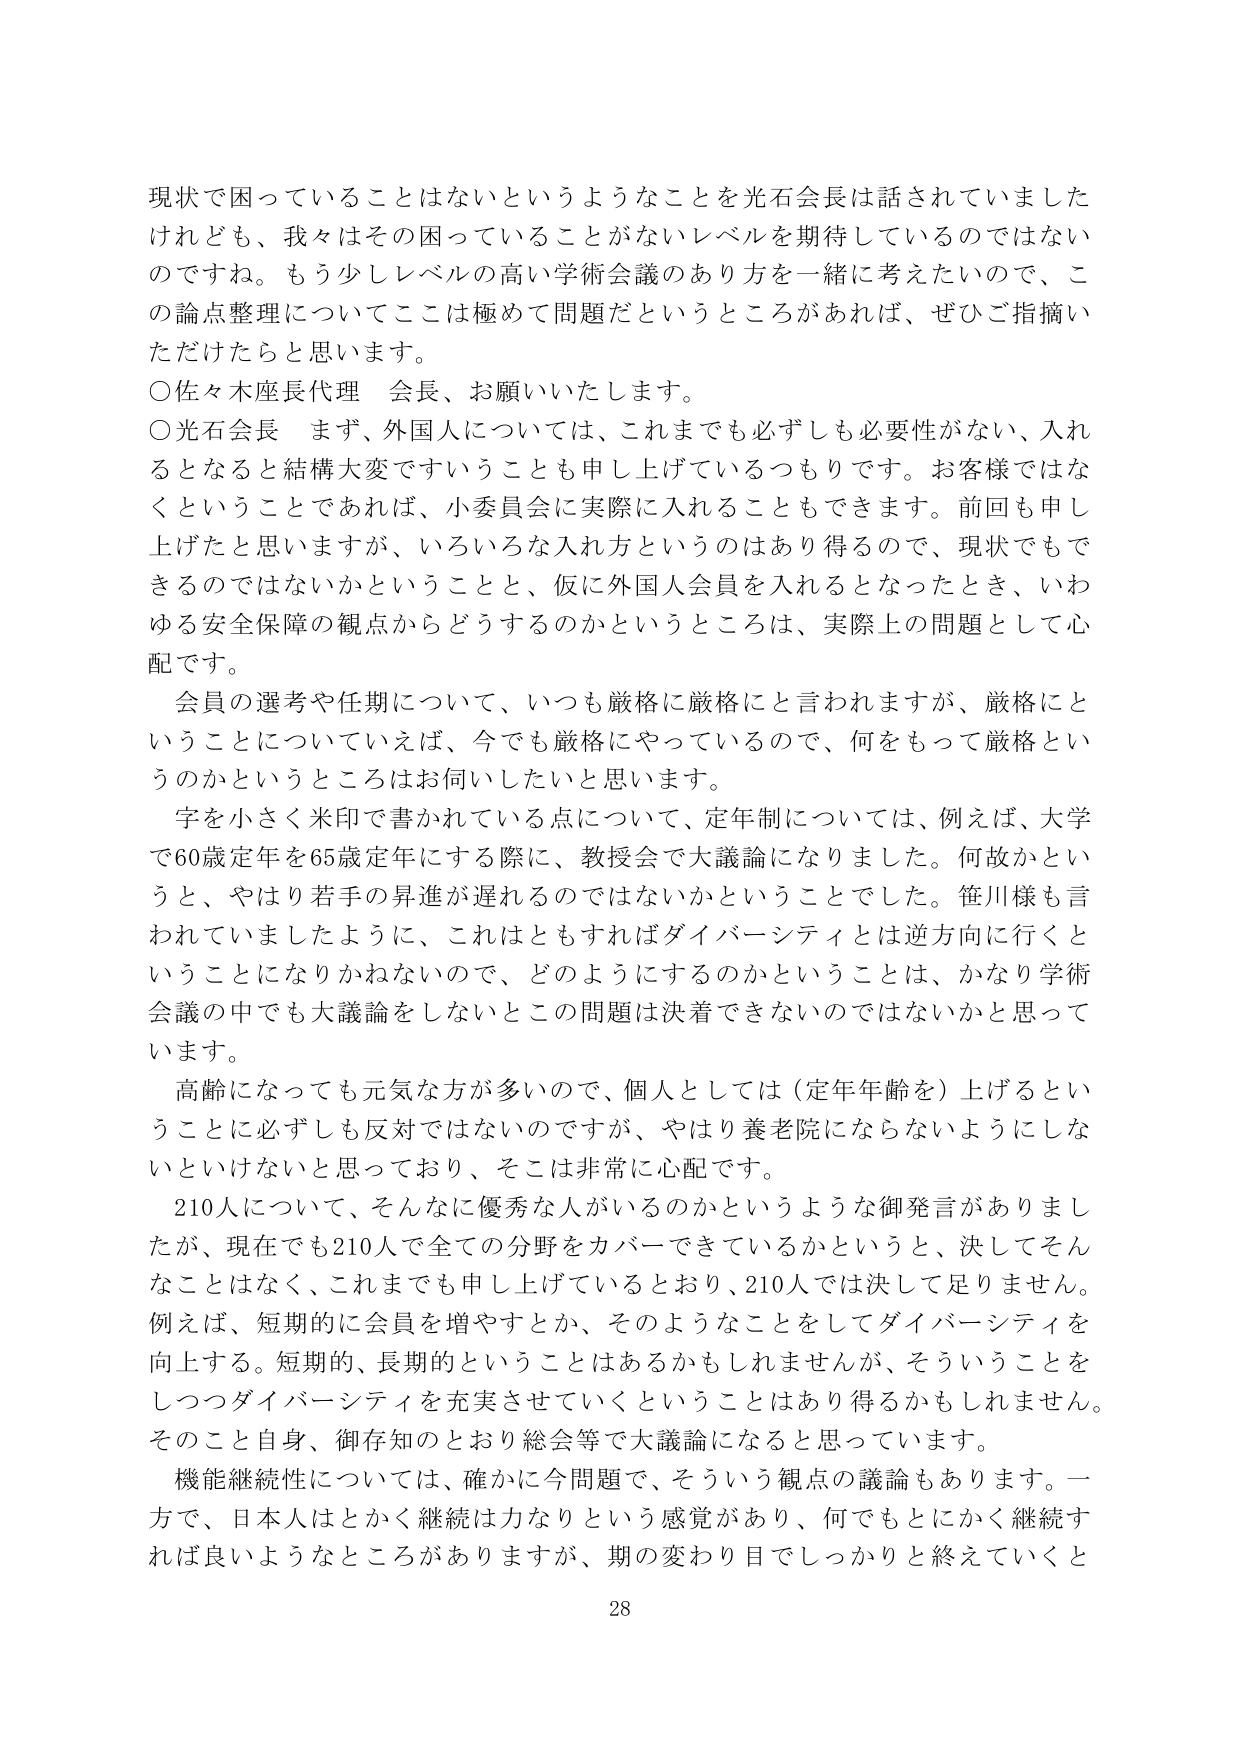
現状で困っていることはないというようなことを光石会長は話されていましたけれども、我々はその困っていることがないレベルを期待しているのではないのですね。もう少しレベルの高い学術会議のあり方を一緒に考えたいので、この論点整理についてここは極めて問題だというところがあれば、ぜひご指摘いただけたらと思います。

○佐々木座長代理　会長、お願いいたします。

○光石会長　まず、外国人については、これまでも必ずしも必要性がない、入れるとなると結構大変ですいうことも申し上げているつもりです。お客様ではなくということであれば、小委員会に実際に入れることもできます。前回も申し上げたと思いますが、いろいろな入れ方というのはあり得るので、現状でもできるのではないかということと、仮に外国人会員を入れるとなったとき、いわゆる安全保障の観点からどうするのかというところは、実際上の問題として心配です。

　会員の選考や任期について、いつも厳格に厳格にと言われますが、厳格にということについていえば、今でも厳格にやっているので、何をもって厳格というのかというところはお伺いしたいと思います。

　字を小さく米印で書かれている点について、定年制については、例えば、大学で60歳定年を65歳定年にする際に、教授会で大議論になりました。何故かというと、やはり若手の昇進が遅れるのではないかということでした。笹川様も言われていましたように、これはともすればダイバーシティとは逆方向に行くということになりかねないので、どのようにするのかということは、かなり学術会議の中でも大議論をしないとこの問題は決着できないのではないかと思っています。

　高齢になっても元気な方が多いので、個人としては（定年年齢を）上げるということに必ずしも反対ではないのですが、やはり養老院にならないようにしなければいけないと思っており、そこは非常に心配です。

　210人について、そんなに優秀な人がいるのかというような御発言がありましたが、現在でも210人で全ての分野をカバーできているかというと、決してそんなことはなく、これまでも申し上げているとおり、210人では決して足りません。例えば、短期的に会員を増やすとか、そのようなことをしてダイバーシティを向上する。短期的、長期的ということはあるかもしれませんが、そういうことをしつつダイバーシティを充実させていくということはあり得るかもしれません。そのこと自身、御存知のとおり総会等で大議論になると思っています。

　機能継続性については、確かに今問題で、そういう観点の議論もあります。一方で、日本人はとかく継続は力なりという感覚があり、何でもとにかく継続すれば良いようなところがありますが、期の変わり目でしっかりと終えていくと

28